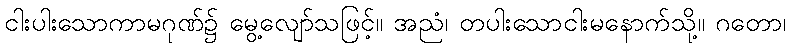
ငါးပါးသောကာမဂုဏ်၌ မွေ့လျော်သဖြင့်။ အညံ၊ တပါးသောငါးမနောက်သို့။ ဂတော၊